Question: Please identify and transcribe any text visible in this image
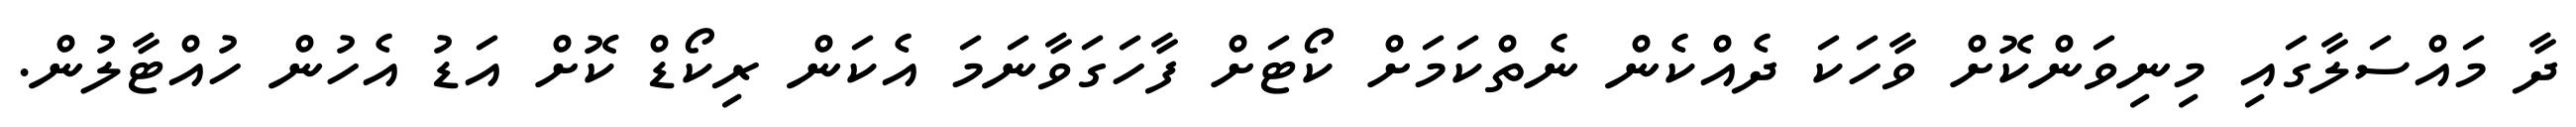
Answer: ދާ މައްސަލާގައި މިނިވަންކޮށް ވާހަކަ ދެއްކެން ނެތްކަމަށް ކޯޓަށް ފާހަގަވާނަމަ އެކަން ރިކޯޑް ކޮށް އަޑު އެހުން ހުއްޓާލުން.